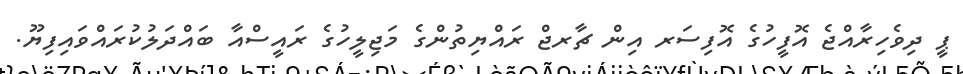
ޕީ ދިވެހިރާއްޖެ އޮފީހުގެ އޮފިސަރ އިން ޗާރޖް ރައްޔިތުންގެ މަޖިލީހުގެ ރައީސްއާ ބައްދަލުކުރައްވައިފިޔޫ.